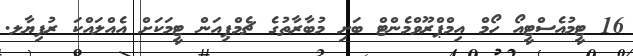
16 ޓީމުއެސްޓީއޯ ހޯމް އިމްޕްރޫވްމެންޓް ބަށި މުބާރާތުގެ ޗެމްޕިއަން ޓީމަކަށް އެއްލައްކަ ރުފިޔާލ.